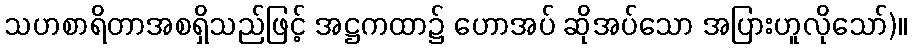
သဟစာရိတာအစရှိသည်ဖြင့် အဋ္ဌကထာ၌ ဟောအပ် ဆိုအပ်သော အပြားဟူလိုသော်)။